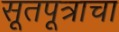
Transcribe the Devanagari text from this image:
सूतपूत्राचा